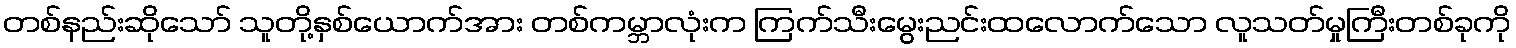
တစ်နည်းဆိုသော် သူတို့နှစ်ယောက်အား တစ်ကမ္ဘာလုံးက ကြက်သီးမွေးညင်းထလောက်သော လူသတ်မှုကြီးတစ်ခုကို